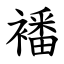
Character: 襎